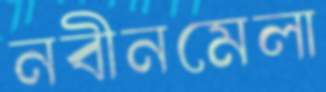
নবীনমেলা